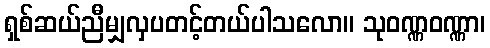
ရှစ်ဆယ်ညီမျှလှပတင့်တယ်ပါသလော။ သုဝဏ္ဏဝဏ္ဏာ၊